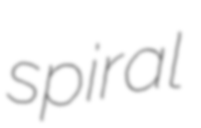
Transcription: spiral